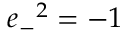
{ e _ { - } } ^ { 2 } = - 1